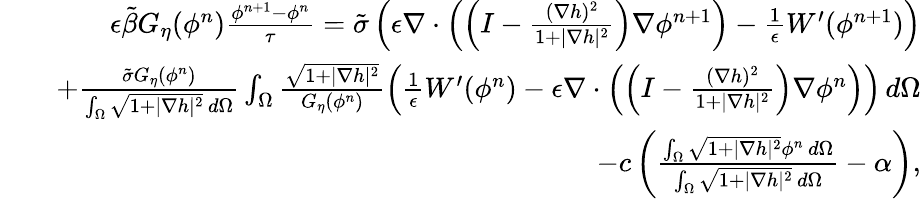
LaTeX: \begin{array}{rlr}&{}&{\epsilon\tilde{\beta}G_{\eta}(\phi^{n})\frac{\phi^{n+1}-\phi^{n}}{\tau}=\tilde{\sigma}\left(\epsilon\nabla\cdot\left(\left(I-\frac{(\nabla h)^{2}}{1+|\nabla h|^{2}}\right)\nabla\phi^{n+1}\right)-\frac{1}{\epsilon}W^{\prime}(\phi^{n+1})\right)}\\ &{}&{+\frac{\tilde{\sigma}G_{\eta}(\phi^{n})}{\int_{\Omega}\sqrt{1+|\nabla h|^{2}}\, d\Omega}\int_{\Omega}\frac{\sqrt{1+|\nabla h|^{2}}}{G_{\eta}(\phi^{n})}\left(\frac{1}{\epsilon}W^{\prime}(\phi^{n})-\epsilon\nabla\cdot\left(\left(I-\frac{(\nabla h)^{2}}{1+|\nabla h|^{2}}\right)\nabla\phi^{n}\right)\right)\, d\Omega}\\ &{}&{-c\left(\frac{\int_{\Omega}\sqrt{1+|\nabla h|^{2}}\phi^{n}\, d\Omega}{\int_{\Omega}\sqrt{1+|\nabla h|^{2}}\, d\Omega}-\alpha\right),}\end{array}